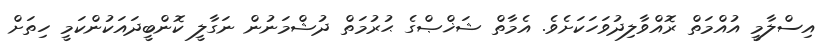
އިސްލާމީ އުއްމަތް ރޮއްވާލިދުވަހަކަށެވެ. އެމާތް ޝަޚްޞްގެ ޙުރުމަތް ދުޝްމަނުން ނަގާލީ ކޮންބީދައަކުންކަމީ ހިތަށް